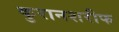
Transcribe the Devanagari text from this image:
कुरानशरीफ